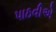
પાઠવીએ